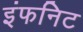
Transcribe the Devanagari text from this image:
इंफनिट